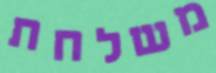
משלחת